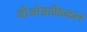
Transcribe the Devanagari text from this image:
जीओग्राफ़िकल